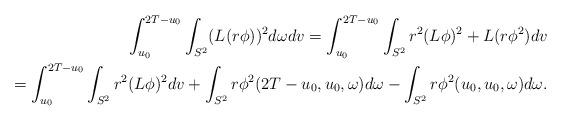
LaTeX: \begin{align*} \begin{aligned} \int_{u_0}^{2 T - u_0} \int_{S^2} (L(r \phi))^2 d \omega d v = \int_{u_0}^{2 T - u_0} \int_{S^2} r^2 (L \phi)^2 + L(r \phi^2) d v \\ = \int_{u_0}^{2 T - u_0} \int_{S^2} r^2 (L \phi)^2 d v + \int_{S^2} r \phi^2 (2 T - u_0,u_0,\omega) d \omega - \int_{S^2} r \phi^2 (u_0,u_0,\omega) d \omega. \end{aligned}\end{align*}